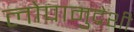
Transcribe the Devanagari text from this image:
लोपामुद्रेशी